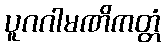
ပူဂဂါမဏိကတ္တံ